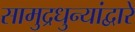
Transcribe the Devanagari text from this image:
सामुद्रधुन्यांद्वारे